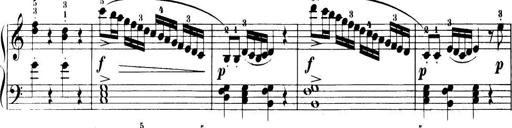
Title: 32 Sonatinas and Rondos for the Piano
Composer: Richard Kleinmichel